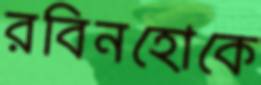
রবিনহোকে